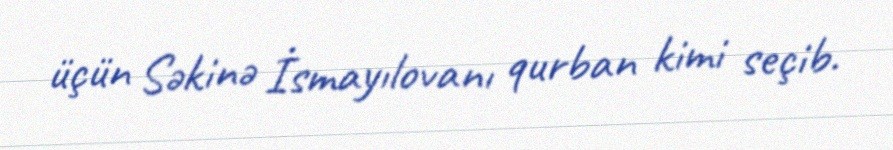
üçün Səkinə İsmayılovanı qurban kimi seçib.